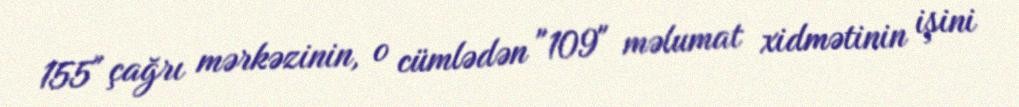
155" çağrı mərkəzinin, o cümlədən "109" məlumat xidmətinin işini